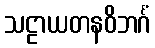
သဠာယတနဝိဘင်္ဂံ